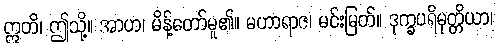
ဣတိ၊ ဤသို့။ အာဟ၊ မိန့်တော်မူ၏။ မဟာရာဇ၊ မင်းမြတ်။ ဒုက္ခပရိမုတ္တိယာ၊